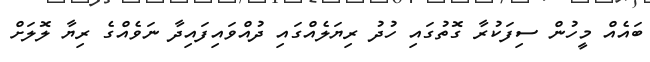
ބައެއް މީހުން ސިފަކުރާ ގޮތުގައި ހުދު ރިޔަލެއްގައި ދުއްވައިފައިދާ ނަވެއްގެ ރިޔާ ލޮލަށް